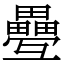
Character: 疉